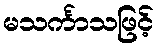
မသင်္ကာသဖြင့်